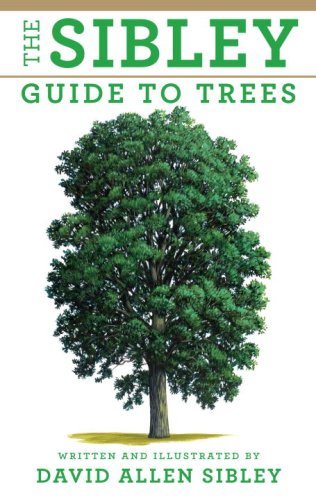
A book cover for The Sibley Guide to Trees; David Allen Sibley; Science & Math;